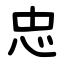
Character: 忠